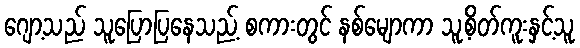
ဂျော့သည် သူပြောပြနေသည့် စကားတွင် နစ်မျောကာ သူ့စိတ်ကူးနှင့်သူ